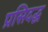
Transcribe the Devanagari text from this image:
प्रसिदद्ध